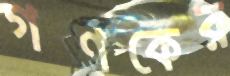
গণকের